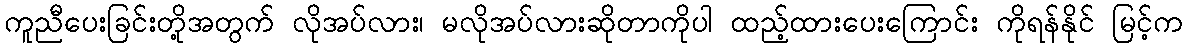
ကူညီပေးခြင်းတို့အတွက် လိုအပ်လား၊ မလိုအပ်လားဆိုတာကိုပါ ထည့်ထားပေးကြောင်း ကိုရန်နိုင် မြင့်က